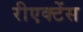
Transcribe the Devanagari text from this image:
रीएक्टेंस